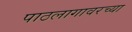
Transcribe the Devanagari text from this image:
पाठलागावरच्या